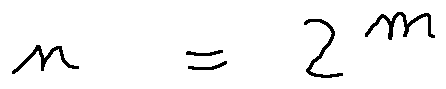
n = 2 ^ { m }